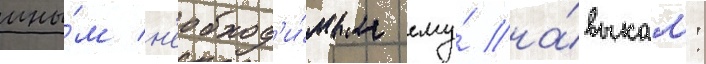
ины́м н'еобход'и́мым ему́ на́выкам: